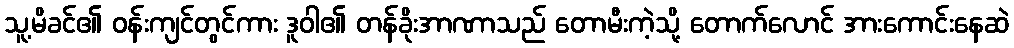
သူ့မိခင်၏ ဝန်းကျင်တွင်ကား ဒူဝါ၏ တန်ခိုးအာဏာသည် တောမီးကဲ့သို့ တောက်လောင် အားကောင်းနေဆဲ